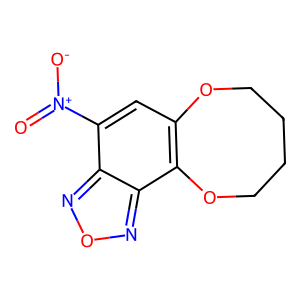
SMILES: O=[N+]([O-])c1cc2c(c3nonc13)OCCCCO2
Inhibits HIV replication: No